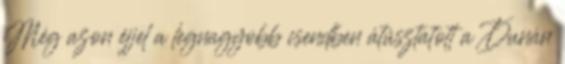
Még azon éjjel a legnagyobb csendben átúsztatott a Dunán